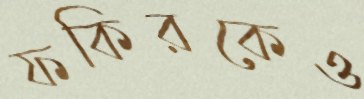
ফকিরকেও